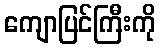
ကျောပြင်ကြီးကို